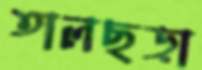
তালছড়া